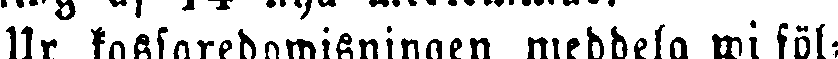
Ur kassaredowisningen meddela wi föl-